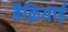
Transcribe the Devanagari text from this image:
बैक्रियाई